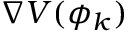
\nabla V ( \phi _ { k } )